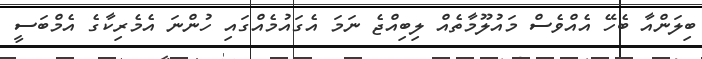
ބިލަންއާ ބެހޭ އެއްވެސް މައުލޫމާތެއް ލިބިއްޖެ ނަމަ އެގައުމެއްގައި ހުންނަ އެމެރިކާގެ އެމްބަސީ